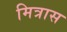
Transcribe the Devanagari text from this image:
मित्रास